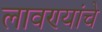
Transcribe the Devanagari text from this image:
लावण्यांचे